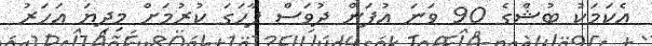
އެކަމަކު ބުޝްގެ 90 ވަނަ އުފަން ދުވަސް ފާހަގަ ކުރުމަށް މިދިޔަ އަހަރު